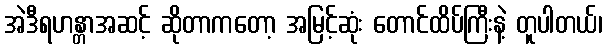
အဲဒီရဟန္တာအဆင့် ဆိုတာကတော့ အမြင့်ဆုံး တောင်ထိပ်ကြီးနဲ့ တူပါတယ်၊